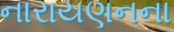
નારાયણનના